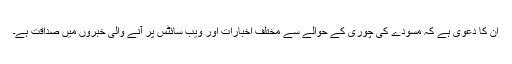
ان کا دعوٰی ہے کہ مسودے کی چوری کے حوالے سے مختلف اخبارات اور ویب سائٹس پر آنے والی خبروں میں صداقت ہے۔